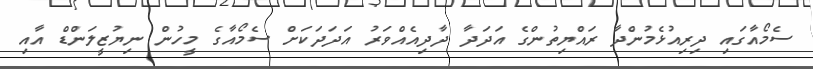
ސެމޯއާގައި ދިރިއުޅެމުންދާ ރައްޔިތުންގެ އަދަދާ ދާދިއެއްވަރު އަދަދަކަށް ސެމޯއާގެ މީހުން ނިޔުޒީލަންޑް އާއި